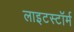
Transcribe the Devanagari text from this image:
लाइटस्टॉर्म